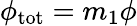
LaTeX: \phi_{\mathrm{{tot}}}=m_{1}\phi